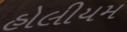
હોલીયમ